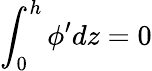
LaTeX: \displaystyle\int_{0}^{h}\phi^{\prime}dz=0